Papers set at the Examination for Leaving Certificates, 1895
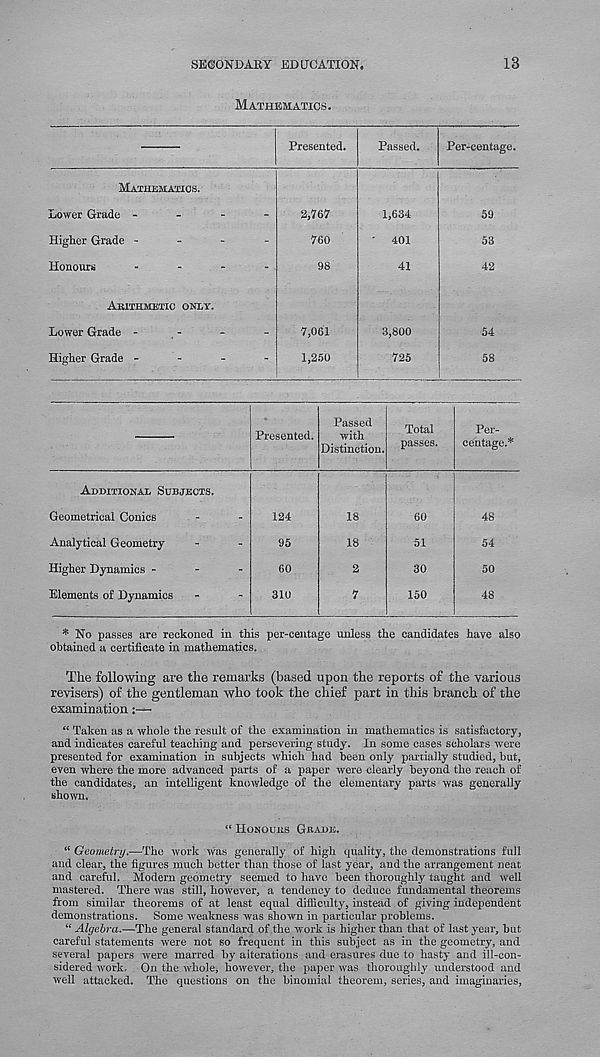
SECONDARY EDUCATION.
13
MATHEMATICS.
Presented.
Passed.
Per-centage.
MATHEMATICS.
Lower Grade -
Higher Grade -
Honours
AKITHMETIC ONES'.
Lower Grade -
Higher Grade -
2,767
760
98
7,061
1,250
1,634
401
41
3,800
725
59
53
42
54
58
Presented.
Passed
with
Distinction.
Total
passes.
Per-
centage.*
ADDITIONAL SUBJECTS.
Geometrical Conics
Analytical Geometry
Higher Dynamics -
Elements of Dynamics
124
95
60
310
18
18
2
7
60
51
30
150
48
54
50
48
* No passes are reckoned in this per-centage unless the candidates have also
obtained a certificate in mathematics.
The following are the remarks (based upon the reports of the various
revisers) of the gentleman who took the chief part in this branch of the
examination:—
“ Taken as a whole the result of the examination in mathematics is satisfactory,
and indicates careful teaching and persevering study. In some cases scholars were
presented for examination in subjects which had been only partially studied, but,
even where the more advanced parts of a paper were clearly beyond the reach of
the candidates, an intelligent knowledge of the elementary parts was generally
shown.
“ HONOUHS GRADE.
“ Geometry.—The work was generally of high quality, the demonstrations full
and clear, the figures much better than those of last year, and the arrangement neat
and careful. Modern geometry seemed to have been thoroughly taught and well
mastered. There was still, however, a tendency to deduce fundamental theorems
from similar theorems of at least equal difficulty, instead of giving independent
demonstrations. Some weakness was shown in particular problems.
“ Algebra.—The general standard of the work is higher than that of last year, but
careful statements were not so frequent in this subject as in the geometry, and
several papers were marred by alterations and erasures due to hasty and ill-con-
sidered work. On the whole, however, the paper was thoroughly understood and
well attacked. The questions on the binomial theorem, series, and imaginaries,